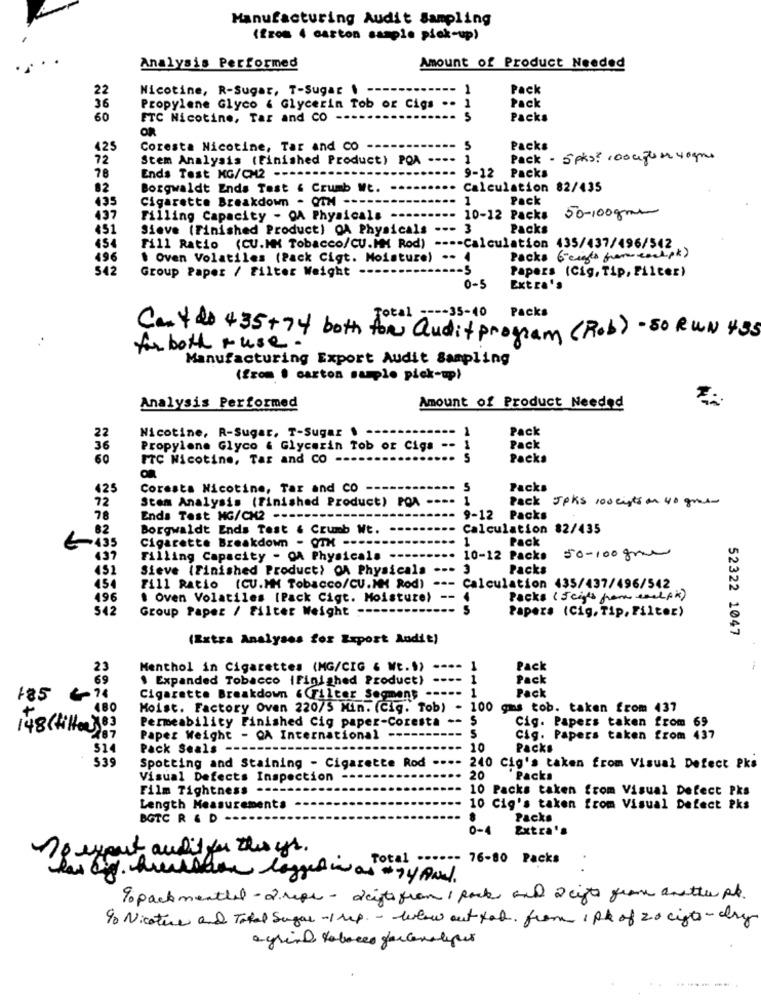
Manufacturing Audit Sampling
(from 4 carton sample pick-up)
Analysis Performed
Amount of Product Needed
22
Nicotine, R-Sugar, T-Sugar 1
1
Pack
Pack
36
Propylene Glyco & Glycerin Tob or Cigs .. 1
60
FTC Nicotine, Tar and CO
5
Packs
OR
425
Coresta Nicotine, Tar and CO
S
Packs
72
Stem Analysis (Finished Product) POA ---- 1
Pack - 5pks? roouzun 4ogms
78
Ends Test KG/CM2 ----
9-12 Packs
82
Borgwaldt Ends Test & Crumb Wt.
Calculation 82/435
435
Cigarette Breakdown - QTM
----
1
Pack
50-100gm
437
Filling Capacity - OA Physicals ----
--
10-12 Packs
451
Sieve (Finished Product) OA Physicals --- 3
Packs
Fill Ratio (CU.MM Tobacco/CU.MM Rod) ---- Calculation 435/437/496/542
496
. Oven Volatiles (Pack Cigt. Moisture) -- 4
Packs 6- cuffs from each.pk)
Group Paper / Filter Weight --
Papers (Cig, Tip, Filter)
0-5
Extra's
Total ---- 35-40 Packs
Can't do +35 + 74 both for audit program (Rob) - 50 RUN 435
for both + use .
Manufacturing Export Audit Sampling
(from " carton suple pick-up)
Analysis Performed
Amount of Product Needed
1
Pack
22
Nicotine, R-Sugar, T-Sugar .
36
Propylene Glyco & Glycerin Tob or Cigs --
Pack
60
FTC Nicotine, Tar and CO
S
Packs
425
Coresta Nicotine, Tar and CO
5
Packs
72
Stem Analysis (Finished Product) POA
..
1
Pack 5pks 100 eints on 40 gms-
78
Enda Test MG/CM2 ----
9-12 Packs
82
Borgwaldt Ends Test & Crumb Wt.
Calculation 82/435
1
Pack
Cigarette Breakdown - OTH ----
437
Filling Capacity - OA Physicals
10-12 Packs
50-100gm
451
Sieve (Finished Product) OA Physicala
Packs
454
--- Calculation 435/437/496/542
Fill Ratio (CU.MM Tobacco/CU.MM Rod)
496
. Oven Volatiles [Pack Cigt. Moisture) --
Packs ( 5 cips por esel fik)
542
Group Paper / Filter Weight -
Papers (Cig, Tip, Filter)
(Extra Analyses for Export Audit)
52322 1047
23
Menthol in Cigarettes (MG/CIG & WE.))
1
Pack
69
$ Expanded Tobacco ifinished Product)
Pack
1
Pack
185
Cigarette Breakdown &Filter Segment
480
Moist. Factory Oven 220/5 Min. (Cig. Tob) - 100
gas tob. taken from 437
Permeability Finished Cig paper-Coresta -- $
148 ( filter)8)
----------
5
Cig. Papers taken from 69
Paper Weight - QA International
cig. Papers taken from 437
Pack Seals --
10
Packs
539
Spotting and Staining - Cigarette Rod ---- 240
240 Cig's taken from Visual Defect Pks
Visual Defects Inspection -
20
Packs
Film Tightness --
10 Packs taken from Visual Defect Pks
Length Measurements
10 Cig's taken from Visual Defect Pks
BGTC R & D
.
Packs
0-4
Extra's
To expect audi for the yr.
Total ------ 76-80 Packs
9 packmentled-2 reps - deigt from 1 pack and 2 cifte grave another pt.
90 Niceture and Total Sugar-1 up. - blow out tob. from 1 pk of 20 cifto-day